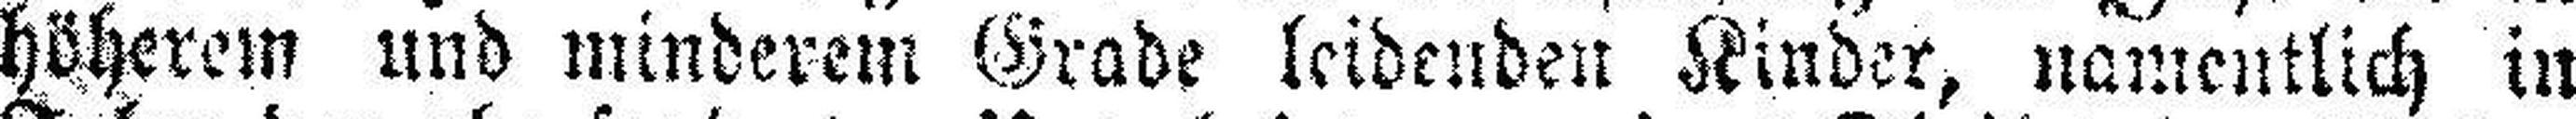
höherem und minderem Grade leidenden Kinder, namentlich in